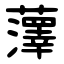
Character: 䕪